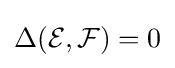
\Delta ({\mathcal {E}},{\mathcal {F}})=0